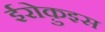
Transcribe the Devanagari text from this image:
ईरोक़ुइस